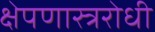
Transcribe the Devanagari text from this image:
क्षेपणास्त्ररोधी